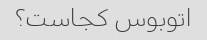
اتوبوس کجاست؟